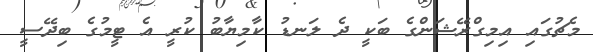
މެޗުގައި އިމިގްރޭޝަންގެ ބަކީ ދެ ލަނޑު ކާމިޔާބު ކުރީ އެ ޓީމުގެ ބިދޭސީ